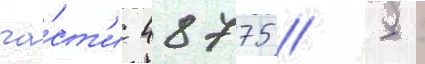
ча́ст'и 48775 // 5